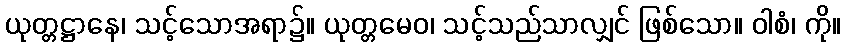
ယုတ္တဋ္ဌာနေ၊ သင့်သောအရာ၌။ ယုတ္တမေဝ၊ သင့်သည်သာလျှင် ဖြစ်သော။ ဝါစံ၊ ကို။